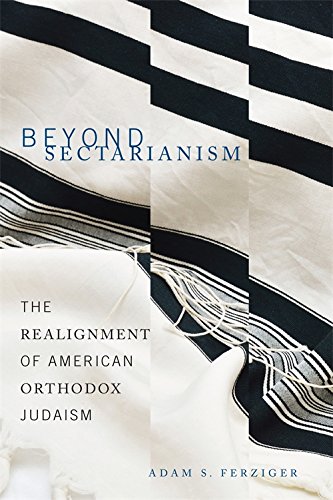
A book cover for Beyond Sectarianism: The Realignment of American Orthodox Judaism; Adam S. Ferziger; Religion & Spirituality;